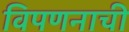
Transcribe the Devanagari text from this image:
विपणनाची